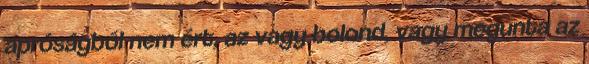
apróságból nem ért, az vagy bolond, vagy megunta az